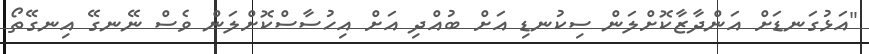
"އަޅުގަނޑަށް އަންދާޒާކޮށްލަން ސިކުނޑި އަށް ބުއްދި އަށް އިހުސާސްކޮށްލަން ވެސް ނޭނގޭ އިނގޭތޯ